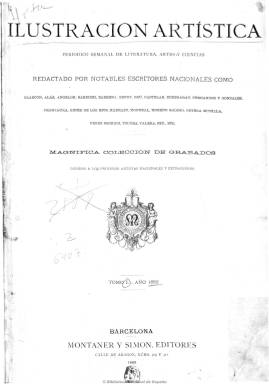
Título: Ilustración artística
Colección: Arte || Literatura
Ámbito geográfico: Barcelona
Lugar de publicación: Barcelona
Fechas: 01/01/1882-25/12/1916

Con el subtítulo “periódico semanal de literatura, artes y ciencias”, los editores barceloneses Montaner y Simón, cuya imprenta estaba especializada desde 1868 en publicaciones ilustradas de lujo, sacaron esta revista de gran formato el uno de enero de 1882 como obsequio de los suscriptores a su colección libresca Biblioteca Universal Ilustrada, y pronto compitió con La ilustración española y americana (1870-1921), por su gran difusión (tanto en la península como en Hispanoamérica), su imagen extraordinariamente lujosa y profusamente ilustrada, primero a base de xilografías o galvanotipos y después con fotograbados y fotografías, como así señala Pilar Vélez en uno de los estudios sobre esta revista, siendo considerada como la “obra magna” de sus editores, a juicio de Cecilio Alonso.

Tal como señala en la portada de sus tomos, además de estar “adornada con una magnífica colección de grabados debidos a los primeros artistas nacionales y extranjeros”, estuvo redactada por los “más notables escritores nacionales”, y en sus primeras portadas dio razón de los mismos, entre los que se encontraba Emilio Castelar (1832-1899), que estuvo al frente de una sección propia bajo el título “Revista literaria y artística”, y cuyos 24 últimos artículos que publicó en la revista antes de fallecer denominó “Murmuraciones europeas”, y que han sido analizados por Dénis Rodrígues.

Junto a Castelar fueron redactores y colaboradores de la revista Leopoldo Alas (Clarín), José Echegaray, que publicó crónicas madrileñas y parisinas, José Ortega y Monilla, Giner de los Ríos, Madrazo, o Brú, Benet y Frontaura, entre otros. Después se sumaron más escritores, como Emilia Pardo Bazán, que tendrá también sección propia y escribirá unas crónicas de salón, así como Menéndez Pelayo, Valle Inclán, Pérez Galdós, Ossorio y Bernard o Juan Valera, Eusebio Blasco, Manuel Blasco y R. Beltrán Rózpide, autor de una revista hispanoamericana, entre otros muchos.

Su primera cabecera será de estilo muy clasicista, obra del dibujante Josep Pascó (1855-1910). A partir de su número de 25 de septiembre de 1883 empezará a publicar fotografías a través del sistema de fotograbado de Meisenbach, con la reproducción de cuadros de la Exposición Internacional de Munich. También desde 1891 el taller de Josep Thomas realizará grabados para la revista. Colaborarán los mejores dibujantes de la época y entre éstos estuvieron Antoni Fabrés, Baldomero Galofre Jiménez, José Llovera, Balaca y Marqués, de los que da cuenta el estudio de Eliseo Trenc.

Contrató con Le monde illustré la inserción de reproducciones de las obras más notables de las exposiciones artísticas parisinas y sus grabados originales fueron adquiridos por otras publicaciones ilustradas extranjeras, como así lo indica María Rosario Álvarez, que en 2010 lleva a cabo un pormenorizado estudio de la revista y su relación francesa.

En entregas semanales que primero fueron de ocho páginas y después, generalmente, de dieciséis, sus textos, compuestos a tres columnas, comenzaba con el sumario y se estructuran en secciones, como la titulada “Revista científica y literaria”, y estaban integradas por artículos, de divulgación sobre historia, medicina, experimentos y adelantos científicos y mecánicos, artes (su primer número estuvo dedicado a Fortuny y dio cuenta de las exposiciones internacionales, artísticas y parisinas), literatura, teatro, bibliografía, semblanzas biográficas, crónicas sociales, políticas, culturales, de espectáculos, reportajes, entrevistas a escritores y artistas, relatos de viajes y exploraciones, noticias, misceláneas, novelas por entregas, relatos breves y cuentos, algunas composiciones poéticas, leyendas de tradiciones y costumbres, etc. Reprodujo artículos traducidos de firmas francesas. Dio cuenta de los principales acontecimientos europeos y mundiales y de los conflictos bélicos, como las guerras cubana (cuya repercusión en la revista ha sido estudiada por Marie-Claude Chaput), ruso-japonesa y la primera mundial, con textos acompañados de numerosas fotografías.

Cada tomo anual de su colección incluye un índice de autores y grabados y la de la Biblioteca Nacional de España acaba el 25 de diciembre de 1916, aunque hay autores, como Miguel Ángel Sánchez Vigil, que señalan que siguió publicándose hasta el año siguiente.

Algunas imágenes cedidas por TECNODOC.